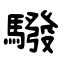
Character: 驋